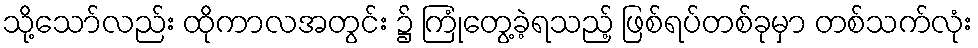
သို့သော်လည်း ထိုကာလအတွင်း ၌ ကြုံတွေ့ခဲ့ရသည့် ဖြစ်ရပ်တစ်ခုမှာ တစ်သက်လုံး